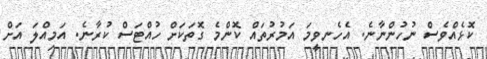
ކޮޅެއްވެސް ނުހުންނާނެ. އެހެނވީމަ އަމުރުތައް ކޮންމެ ގޮތަކަށް ހުއްޓަސް ކުރާނެ. އަމިއްލަ އަށް